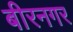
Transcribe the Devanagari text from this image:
बीरनगर